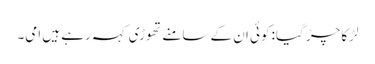
لڑکا چڑ گیا: کوئی ان کے سامنے تھوڑی کہہ رہے ہیں امی۔